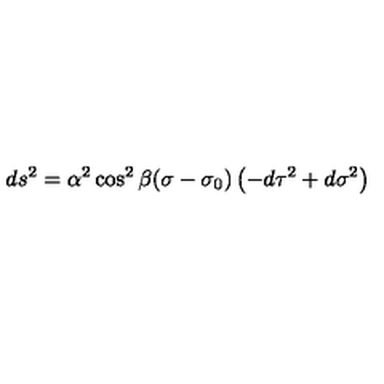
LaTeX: d s ^ { 2 } = \alpha ^ { 2 } \cos ^ { 2 } \beta ( \sigma - \sigma _ { 0 } ) \left( - d \tau ^ { 2 } + d \sigma ^ { 2 } \right)